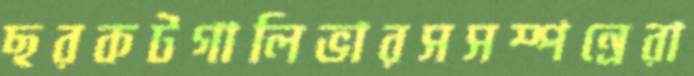
ছরকটগালিভারসসম্পন্রেরা